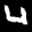
Label: 4